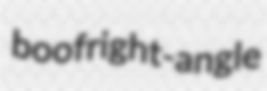
boof right-angle